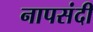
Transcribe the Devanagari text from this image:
नापसंदी